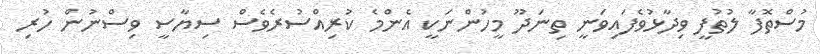
މުސްތޮފާ ލުތުފީ ވިދާޅުވެފައިވަނީ ތިނަދޫ މީހުންނަކީ އެންމެ ކުރިއްސުރެވެސް ސިޔާސީ ވިސްނުން ހުރި